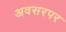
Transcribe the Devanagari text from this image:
अवसरपर